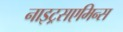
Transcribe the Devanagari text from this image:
नाइट्रसएमिन्स